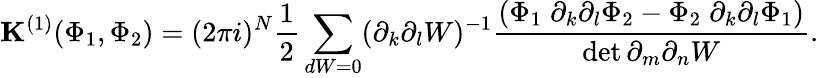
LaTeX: {\mathbf K}^{(1)}(\Phi_{1},\Phi_{2})=(2\pi i)^{N}\frac 12\sum_{dW=0}(\partial_{k}\partial_{{l}}W)^{-1}\frac{\left(\Phi_{1}\; \partial_{k}\partial_{l}\Phi_{2}-\Phi_{2}\; \partial_{k}\partial_{l}\Phi_{1}\right)}{\operatorname*{det}\partial_{m}\partial_{n}W}.